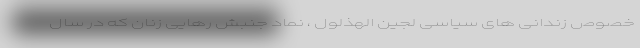
خصوص زندانی های سیاسی لجین الهذلول ، نماد جنبش رهایی زنان که در سال